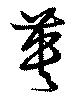
蕢